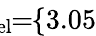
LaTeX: \! \! \! \! \! \! \overline{{\lambda}}_{\mathrm{{rel}}}\! \! =\! \! \{ 3.05\} \! \! \!